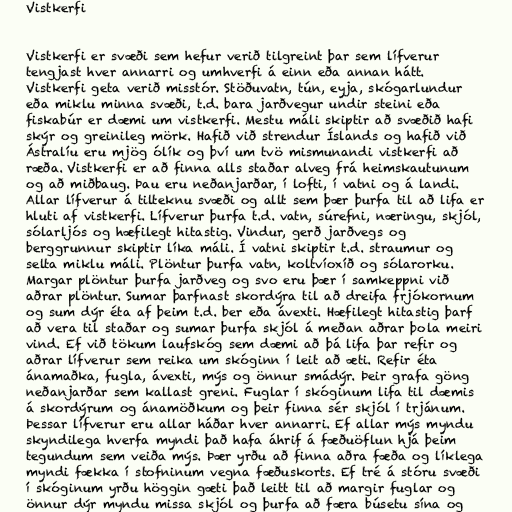
Vistkerfi

Vistkerfi er svæði sem hefur verið tilgreint þar sem lífverur
tengjast hver annarri og umhverfi á einn eða annan hátt.
Vistkerfi geta verið misstór. Stöðuvatn, tún, eyja, skógarlundur
eða miklu minna svæði, t.d. bara jarðvegur undir steini eða
fiskabúr er dæmi um vistkerfi. Mestu máli skiptir að svæðið hafi
skýr og greinileg mörk. Hafið við strendur Íslands og hafið við
Ástralíu eru mjög ólík og því um tvö mismunandi vistkerfi að
ræða. Vistkerfi er að finna alls staðar alveg frá heimskautunum
og að miðbaug. Þau eru neðanjarðar, í lofti, í vatni og á landi.
Allar lífverur á tilteknu svæði og allt sem þær þurfa til að lifa er
hluti af vistkerfi. Lífverur þurfa t.d. vatn, súrefni, næringu, skjól,
sólarljós og hæfilegt hitastig. Vindur, gerð jarðvegs og
berggrunnur skiptir líka máli. Í vatni skiptir t.d. straumur og
selta miklu máli. Plöntur þurfa vatn, koltvíoxíð og sólarorku.
Margar plöntur þurfa jarðveg og svo eru þær í samkeppni við
aðrar plöntur. Sumar þarfnast skordýra til að dreifa frjókornum
og sum dýr éta af þeim t.d. ber eða ávexti. Hæfilegt hitastig þarf
að vera til staðar og sumar þurfa skjól á meðan aðrar þola meiri
vind. Ef við tökum laufskóg sem dæmi að þá lifa þar refir og
aðrar lífverur sem reika um skóginn í leit að æti. Refir éta
ánamaðka, fugla, ávexti, mýs og önnur smádýr. Þeir grafa göng
neðanjarðar sem kallast greni. Fuglar í skóginum lifa til dæmis
á skordýrum og ánamöðkum og þeir finna sér skjól í trjánum.
Þessar lífverur eru allar háðar hver annarri. Ef allar mýs myndu
skyndilega hverfa myndi það hafa áhrif á fæðuöflun hjá þeim
tegundum sem veiða mýs. Þær yrðu að finna aðra fæða og líklega
myndi fækka í stofninum vegna fæðuskorts. Ef tré á stóru svæði
í skóginum yrðu höggin gæti það leitt til að margir fuglar og
önnur dýr myndu missa skjól og þurfa að færa búsetu sína og